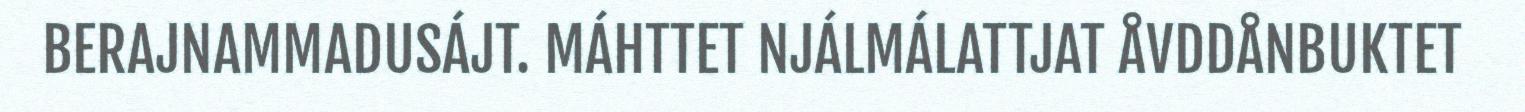
BERAJNAMMADUSÁJT. MÁHTTET NJÁLMÁLATTJAT ÅVDDÅNBUKTET